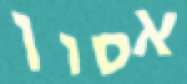
אסון